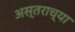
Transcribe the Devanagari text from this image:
अस्तराच्या